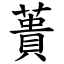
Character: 蕢